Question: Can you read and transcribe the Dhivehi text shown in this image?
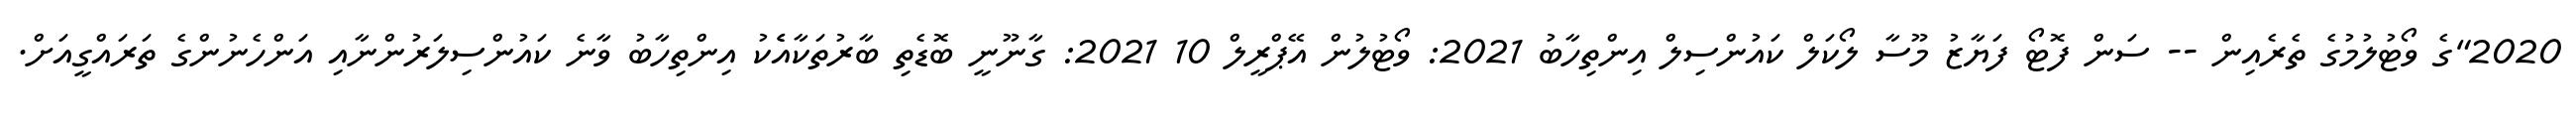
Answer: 2020"ގެ ވޯޓުލުމުގެ ތެރެއިން -- ސަން ފޮޓޯ ފަޔާޒު މޫސާ ލޯކަލް ކައުންސިލް އިންތިހާބު 2021: ވޯޓުލުން އޭޕްރީލް 10 2021: ގާނޫނީ ބޮޑެތި ބާރުތަކާއެެކު އިންތިހާބު ވާނެ ކައުންސިލަރުންނާއި އަންހެނުންގެ ތަރައްގީއަށް.